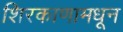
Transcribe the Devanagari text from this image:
शिरकाणामधून